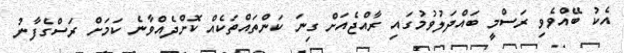
އެކު ބޭއްވެވި ރަސްމީ ބައްދަލުވުމުގައި ރާއްޖެއަށް ގިނަ ކަންތައްތަކެއް ކޮށްދެއްވާނެ ކަމަށް ރަސްގެފާނު